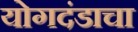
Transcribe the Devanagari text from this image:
योगदंडाचा